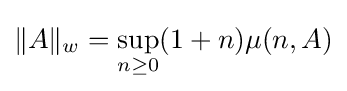
\|A\|_{w}=\sup _{n\geq 0}(1+n)\mu (n,A)